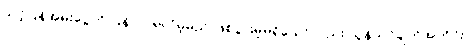
သင့်ပြန်အမ်းငွေကို ပြန်လာရလိမ့်မည် ဖြစ်ပွားမှုမရှိသော်လည်း သွန်သင်ချက်အတိုင်း